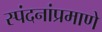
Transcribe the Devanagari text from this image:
स्पंदनांप्रमाणे